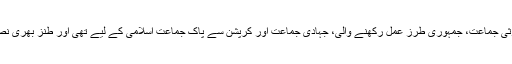
گو کہ طنز بھری نصیحت ملک کی ایک اسلامی نظریاتی ، دو قومی نظریہ کی محافظ، غیر مورثی جماعت، جمہوری طرز عمل رکھنے والی، جہادی جماعت اور کرپشن سے پاک جماعت اسلامی کے لیے تھی اور طنز بھری نصیحت کی باتیں اسلام کی جنگ لڑنے والی ایک کراچی کی اخبار میں٢٤ جون کو پڑھنے کو ملیں۔